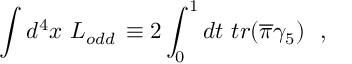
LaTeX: \int d ^ { 4 } x ~ { \cal L } _ { o d d } \, \equiv 2 \int _ { 0 } ^ { 1 } d t ~ t r ( \overline { { { \pi } } } \gamma _ { 5 } ) ~ ~ ,